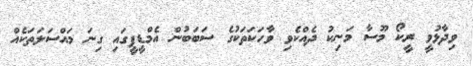
ވިދާޅުވީ ރީކޯ މޫސާ މަނިކު ދެއްކެވި ވާހަކަތަކުގެ ސަބަބުން އެމްޑީޕީގައި ގިނަ މައްސަލަތަކެއް